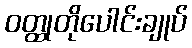
ဝတ္ထုတိုပေါင်းချုပ်